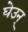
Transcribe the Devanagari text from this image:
घेउन्